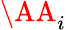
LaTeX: \AA_{i}